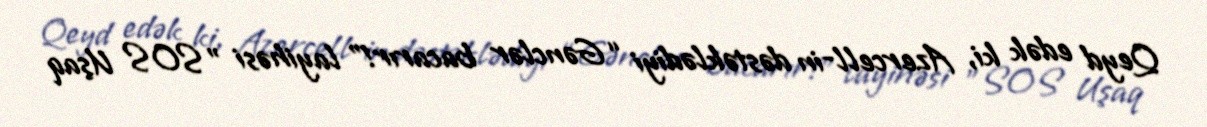
Qeyd edək ki, Azercell-in dəstəklədiyi “Gənclər bacarır!” layihəsi "SOS Uşaq